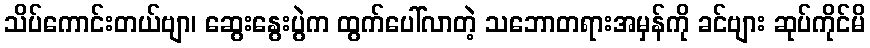
သိပ်ကောင်းတယ်ဗျာ၊ ဆွေးနွေးပွဲက ထွက်ပေါ်လာတဲ့ သဘောတရားအမှန်ကို ခင်ဗျား ဆုပ်ကိုင်မိ